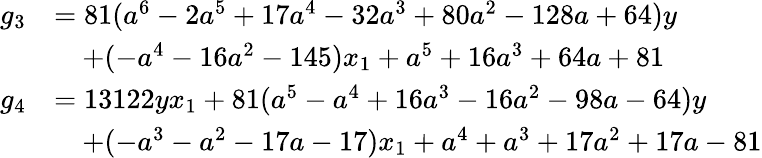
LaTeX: \begin{array}{rl}{g_{3}}&{=81(a^{6}-2a^{5}+17a^{4}-32a^{3}+80a^{2}-128a+64)y}\\ &{\quad+(-a^{4}-16a^{2}-145)x_{1}+a^{5}+16a^{3}+64a+81}\\ {g_{4}}&{=13122yx_{1}+81(a^{5}-a^{4}+16a^{3}-16a^{2}-98a-64)y}\\ &{\quad+(-a^{3}-a^{2}-17a-17)x_{1}+a^{4}+a^{3}+17a^{2}+17a-81}\end{array}